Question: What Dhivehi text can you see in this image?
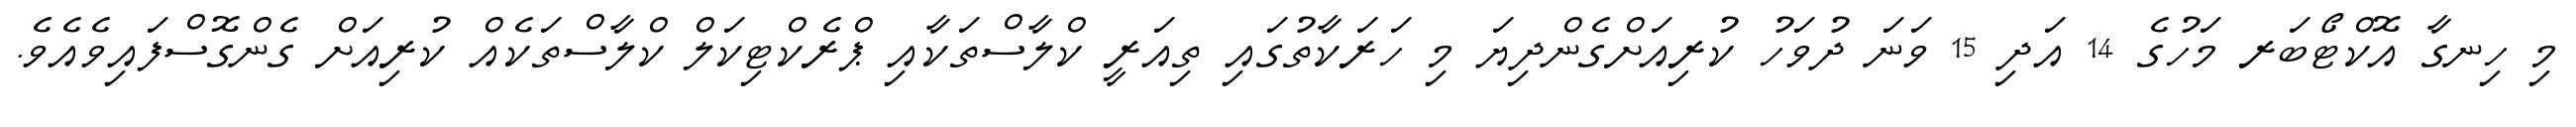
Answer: މި ހިނގާ އޮކްޓޯބަރ މަހުގެ 14 އަދި 15 ވަނަ ދުވަހު ކުރިއަށްގެންދިޔަ މި ހަރަކާތުގައި ތިއަރީ ކްލާސްތަކާއި ޕްރެކްޓިކަލް ކްލާސްތަކެއް ކުރިއަށް ގެންގޮސްފައިވެއެވެ.